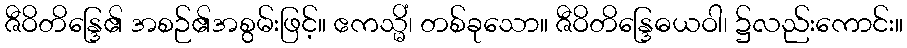
ဇီဝိတိန္ဒြေ၏ အစဉ်၏အစွမ်းဖြင့်။ ဧကသ္မိံ၊ တစ်ခုသော။ ဇီဝိတိန္ဒြေဓယဝါ၊ ၌လည်းကောင်း။